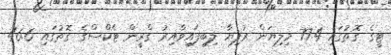
ޓީގެ ގޮތުގައި 77.4 މިލިޔަން ރުފިޔާ ލިބިފައިވާއިރު ގްރީން ޓެކްސްގެ ގޮތުގައި 46.6